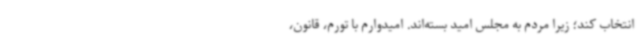
انتخاب کند؛ زیرا مردم به مجلس امید بسته‌اند. امیدوارم با تورم، قانون،